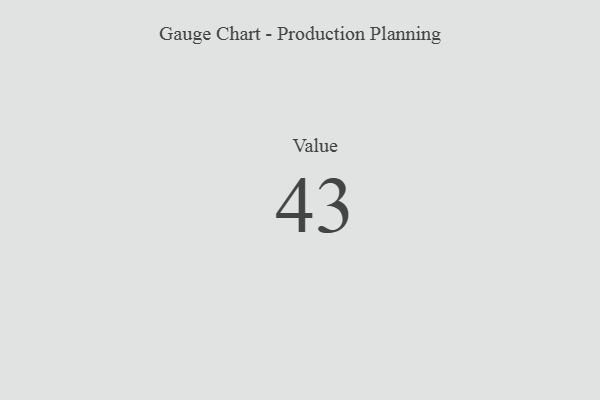
{"axis": {"x": "Metric", "y": "Value"}, "legend": [""], "data": [{"x": "Value", "y": 43, "type": ""}]}